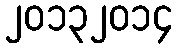
၂၀၁၃၂၀၁၄